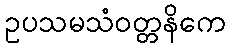
ဥပသမသံဝတ္တနိကေ